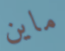
ماين